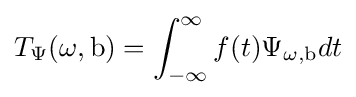
T_{\Psi }(\omega ,\mathrm {b} )=\int _{-\infty }^{\infty }f(t)\Psi _{\omega ,\mathrm {b} }dt